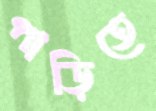
পাড়িতে